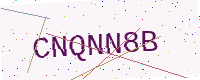
Text: CNQNN8B